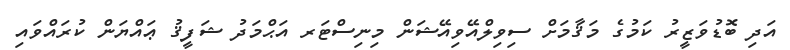
އަދި ބޮޑުވަޒީރު ކަމުގެ މަޤާމަށް ސިވިލްއޭވިއޭޝަން މިނިސްޓަރ އަޙްމަދު ޝަފީޤު ޢައްޔަން ކުރައްވައި